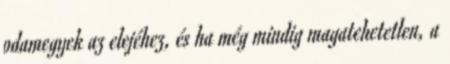
odamegyek az elejéhez, és ha még mindig magatehetetlen, a